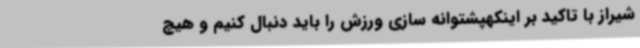
شیراز با تاکید بر اینکهپشتوانه سازی ورزش را باید دنبال کنیم و هیچ